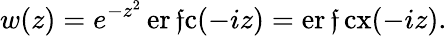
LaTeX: w(z)=e^{-z^{2}}\operatorname{er\mathfrak{f}c}(-iz)=\operatorname{er\mathfrak{f}cx}(-iz).